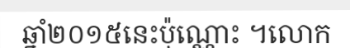
ឆ្នាំ២០១៥នេះប៉ុណ្ណោះ ។លោក